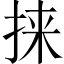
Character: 𫼲